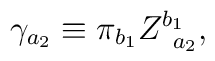
\gamma _{a_{2}}\equiv \pi _{b_{1}}Z_{\;\;a_{2}}^{b_{1}},